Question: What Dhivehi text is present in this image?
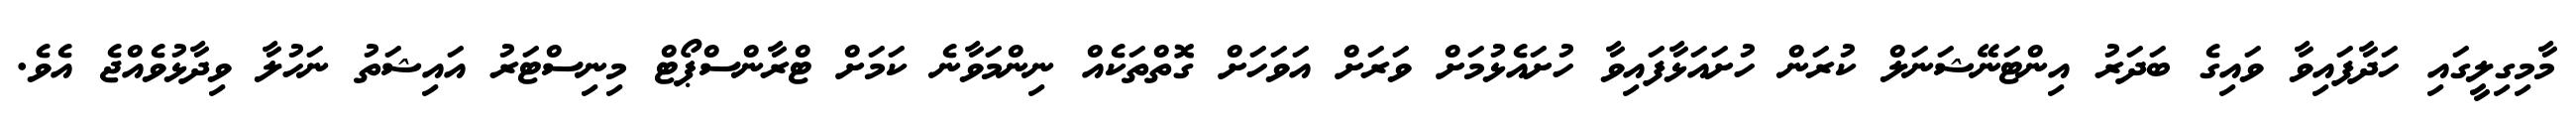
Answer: މާމިގިލީގައި ހަދާފައިވާ ވައިގެ ބަދަރު އިންޓަނޭޝަނަލް ކުރަން ހުށައަޅާފައިވާ ހުށައެޅުމަށް ވަރަށް އަވަހަށް ގޮތްތަކެއް ނިންމަވާނެ ކަމަށް ޓްރާންސްޕޯޓް މިނިސްޓަރު އައިޝަތު ނަހުލާ ވިދާޅުވެއްޖެ އެވެ.